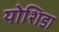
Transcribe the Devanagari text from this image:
योशिडा